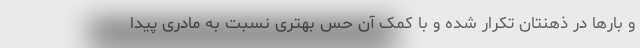
و بار‌ها در ذهنتان تکرار شده و با کمک آن حس بهتری نسبت به مادری پیدا